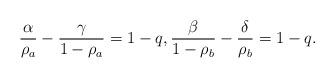
LaTeX: \begin{align*} \frac{\alpha}{\rho_a}-\frac{\gamma}{1-\rho_a}=1-q, \frac{\beta}{1-\rho_b}-\frac{\delta}{\rho_b}=1-q. \end{align*}